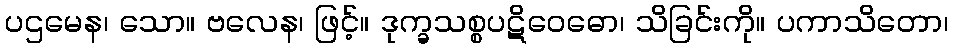
ပဌမေန၊ သော။ ဗလေန၊ ဖြင့်။ ဒုက္ခသစ္စပဋိဝေဓော၊ သိခြင်းကို။ ပကာသိတော၊